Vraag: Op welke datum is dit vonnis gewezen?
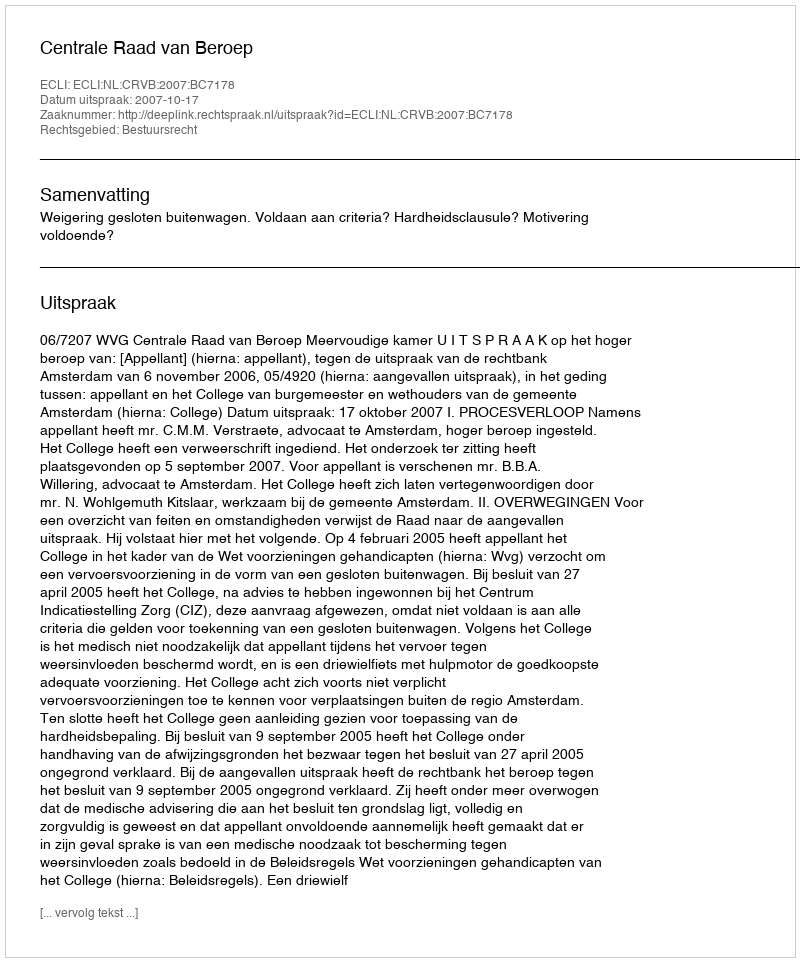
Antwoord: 2007-10-17